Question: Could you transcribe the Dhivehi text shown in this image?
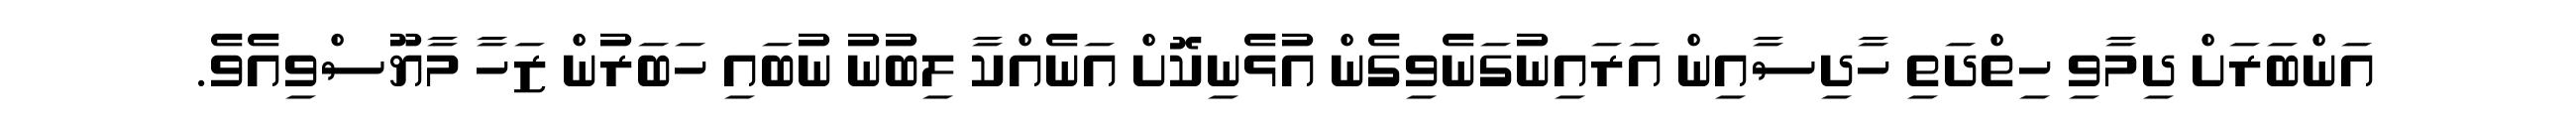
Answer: އަންބަރަށް ދިމާވި ހިތްދަތި ހާދިސާއިން އަރައިނުގަނެވިގެން އުޅެނިކޮށް އަނެއްކާ ލިބުނު ނުބައި ހަބަރުން ޒަހާ މާޔޫސްވިއެވެ.